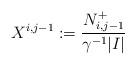
LaTeX: \begin{align*}X^{i,j-1}:=\frac{N_{i,j-1}^{+}}{\gamma^{-1}|I|}\end{align*}